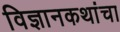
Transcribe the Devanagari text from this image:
विज्ञानकथांचा